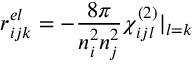
r _ { i j k } ^ { e l } = - \frac { 8 \pi } { n _ { i } ^ { 2 } n _ { j } ^ { 2 } } \chi _ { i j l } ^ { ( 2 ) } | _ { l = k }